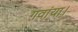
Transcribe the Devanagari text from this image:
गवांया।